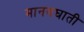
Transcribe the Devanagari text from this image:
मानवघाती